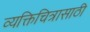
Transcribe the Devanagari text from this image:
व्यक्तिचित्रासाठी